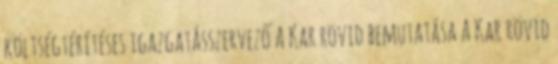
költségtérítéses igazgatásszervező A Kar rövid bemutatása A Kar rövid